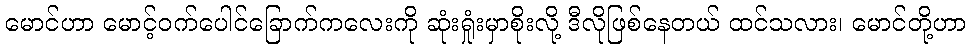
မောင်ဟာ မောင့်ဝက်ပေါင်ခြောက်ကလေးကို ဆုံးရှုံးမှာစိုးလို့ ဒီလိုဖြစ်နေတယ် ထင်သလား၊ မောင်တို့ဟာ